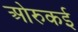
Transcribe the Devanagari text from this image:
ओरुकई